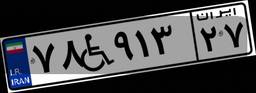
۷۸W۹۱۳۲۷